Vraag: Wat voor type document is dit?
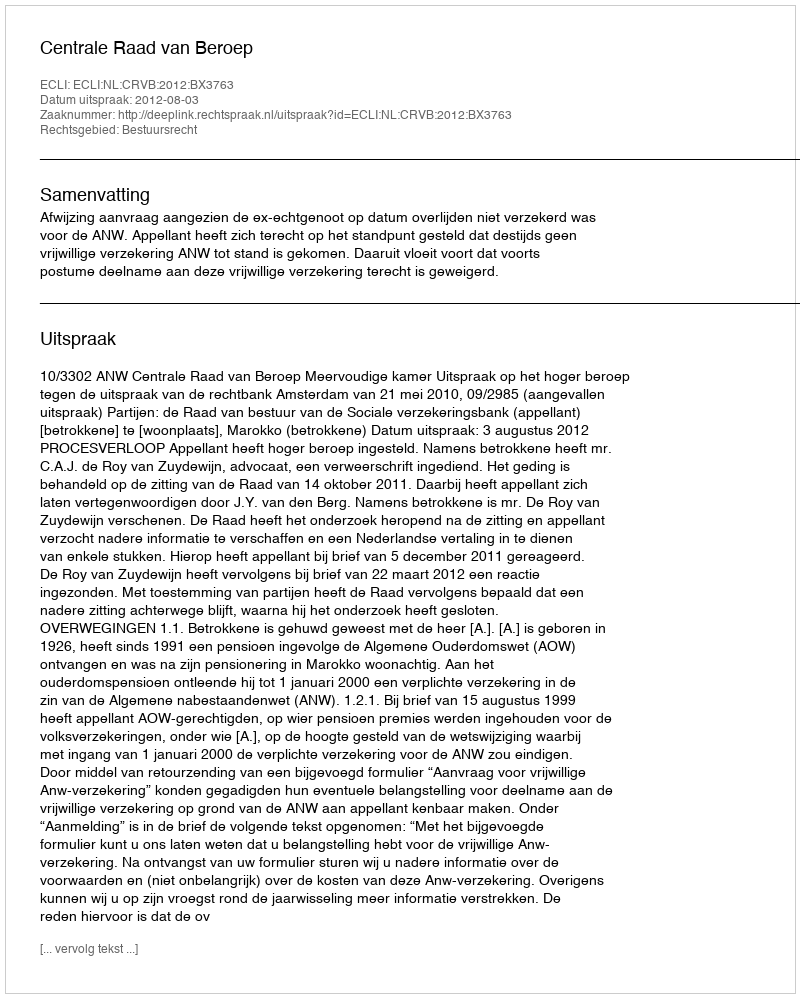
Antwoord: Uitspraak